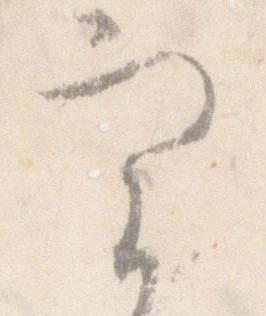
実